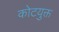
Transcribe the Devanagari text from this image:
कोटयुक्त